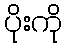
ပိုးကို